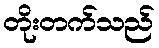
တိုးတက်သည်